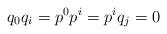
LaTeX: \begin{align*}q_0q_i=p^0p^i=p^iq_j=0\end{align*}